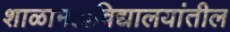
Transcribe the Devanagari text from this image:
शाळामहाविद्यालयांतील